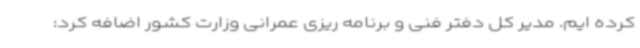
کرده ایم. مدیر کل دفتر فنی و برنامه ریزی عمرانی وزارت کشور اضافه کرد: